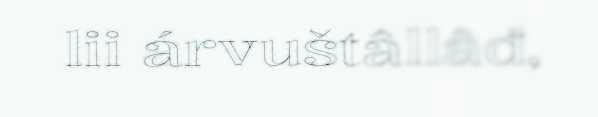
lii árvuštâllâđ,